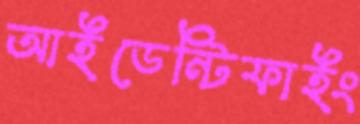
আইডেন্টিফাইং